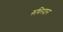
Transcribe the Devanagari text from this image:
रुधिरदान